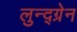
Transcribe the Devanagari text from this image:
लुन्द्ग्रेन